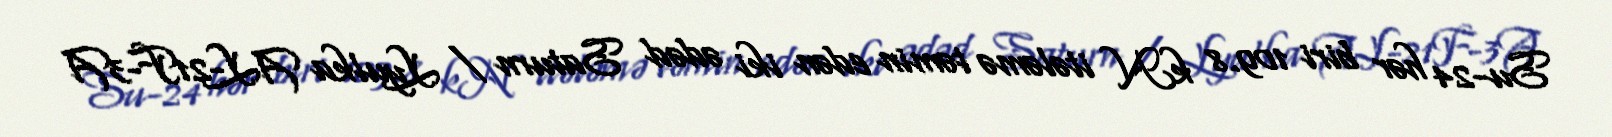
Su-24 hər biri 109.8 kN itələmə təmin edən iki ədəd Saturn / Lyulka AL-21F-3A